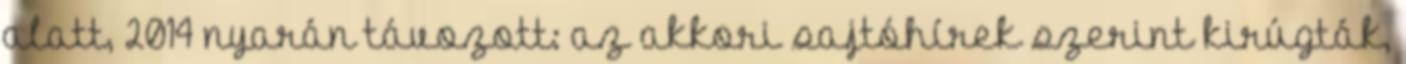
alatt, 2014 nyarán távozott: az akkori sajtóhírek szerint kirúgták,